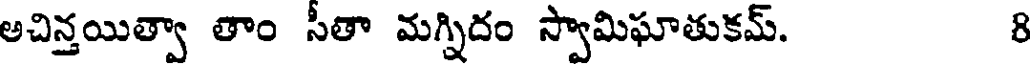
అచిన్తయిత్వా తాం సీతా మగ్నిదం స్వామిఘాతుకమ్. 8